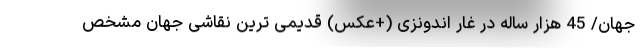
جهان/ 45 هزار ساله در غار اندونزی (+عکس) قدیمی ترین نقاشی جهان مشخص